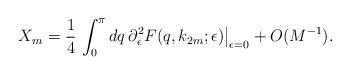
LaTeX: \begin{align*} X_m=\frac{1}{4}\,\int_0^\pi d q\,\partial_\epsilon^2 F(q,k_{2m};\epsilon)\big|_{\epsilon=0}+O(M^{-1}).\end{align*}